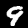
Label: 9